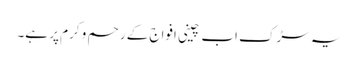
یہ سڑک اب چینی افواج کے رحم و کرم پر ہے۔